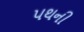
પથની